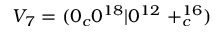
V _ { 7 } = ( 0 _ { c } 0 ^ { 1 8 } | 0 ^ { 1 2 } \ + _ { c } ^ { 1 6 } )